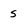
Character: s